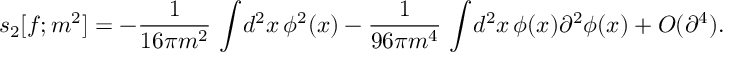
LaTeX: s _ { 2 } [ f ; m ^ { 2 } ] = - { \frac { 1 } { 1 6 \pi m ^ { 2 } } } \, \int \! d ^ { 2 } x \, \phi ^ { 2 } ( x ) - { \frac { 1 } { 9 6 \pi m ^ { 4 } } } \, \int \! d ^ { 2 } x \, \phi ( x ) \partial ^ { 2 } \phi ( x ) + { \cal O } ( \partial ^ { 4 } ) .